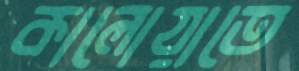
কালোয়াতে